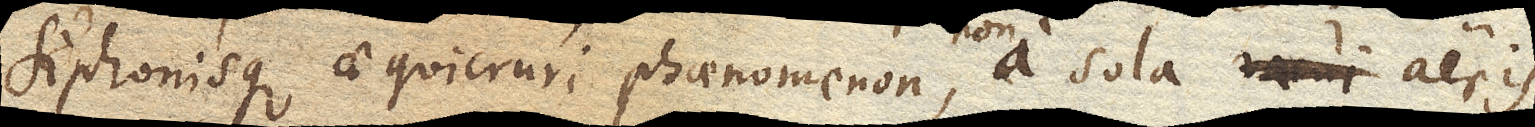
Siphonisque aequicruri phaenomenon, a sola aeris